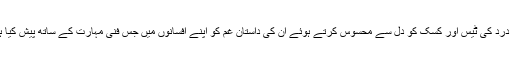
سلطان جمیل نسم نے ان کے درد کی ٹیس اور کسک کو دل سے محسوس کرتے ہوئے ان کی داستان غم کو اپنے افسانوں میں جس فنی مہارت کے ساتھ پیش کیا ہے وہ ایک منفرد تجربہ ہے۔